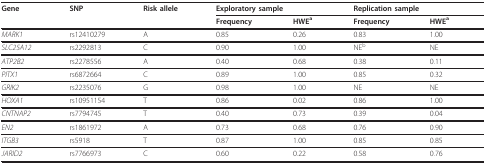
<table><thead><tr><td><b>Gene</b></td><td><b>SNP</b></td><td><b>Risk allele</b></td><td colspan="2"><b>Exploratory sample</b></td><td colspan="2"><b>Replication sample</b></td></tr><tr><td></td><td></td><td></td><td><b>Frequency</b></td><td><b>HWE<sup>a</sup></b></td><td><b>Frequency</b></td><td><b>HWE<sup>a</sup></b></td></tr></thead><tbody><tr><td><i>MARK1</i></td><td>rs12410279</td><td>A</td><td>0.85</td><td>0.26</td><td>0.83</td><td>1.00</td></tr><tr><td><i>SLC25A12</i></td><td>rs2292813</td><td>C</td><td>0.90</td><td>1.00</td><td>NE<sup>b</sup></td><td>NE</td></tr><tr><td><i>ATP2B2</i></td><td>rs2278556</td><td>A</td><td>0.40</td><td>0.68</td><td>0.38</td><td>0.11</td></tr><tr><td><i>PITX1</i></td><td>rs6872664</td><td>C</td><td>0.89</td><td>1.00</td><td>0.85</td><td>0.32</td></tr><tr><td><i>GRIK2</i></td><td>rs2235076</td><td>G</td><td>0.98</td><td>1.00</td><td>NE</td><td>NE</td></tr><tr><td><i>HOXA1</i></td><td>rs10951154</td><td>T</td><td>0.86</td><td>0.02</td><td>0.86</td><td>1.00</td></tr><tr><td><i>CNTNAP2</i></td><td>rs7794745</td><td>T</td><td>0.40</td><td>0.73</td><td>0.39</td><td>0.04</td></tr><tr><td><i>EN2</i></td><td>rs1861972</td><td>A</td><td>0.73</td><td>0.68</td><td>0.76</td><td>0.90</td></tr><tr><td><i>ITGB3</i></td><td>rs5918</td><td>T</td><td>0.87</td><td>1.00</td><td>0.85</td><td>0.85</td></tr><tr><td><i>JARID2</i></td><td>rs7766973</td><td>C</td><td>0.60</td><td>0.22</td><td>0.58</td><td>0.76</td></tr></tbody></table>